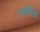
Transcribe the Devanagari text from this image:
एलर्जियां